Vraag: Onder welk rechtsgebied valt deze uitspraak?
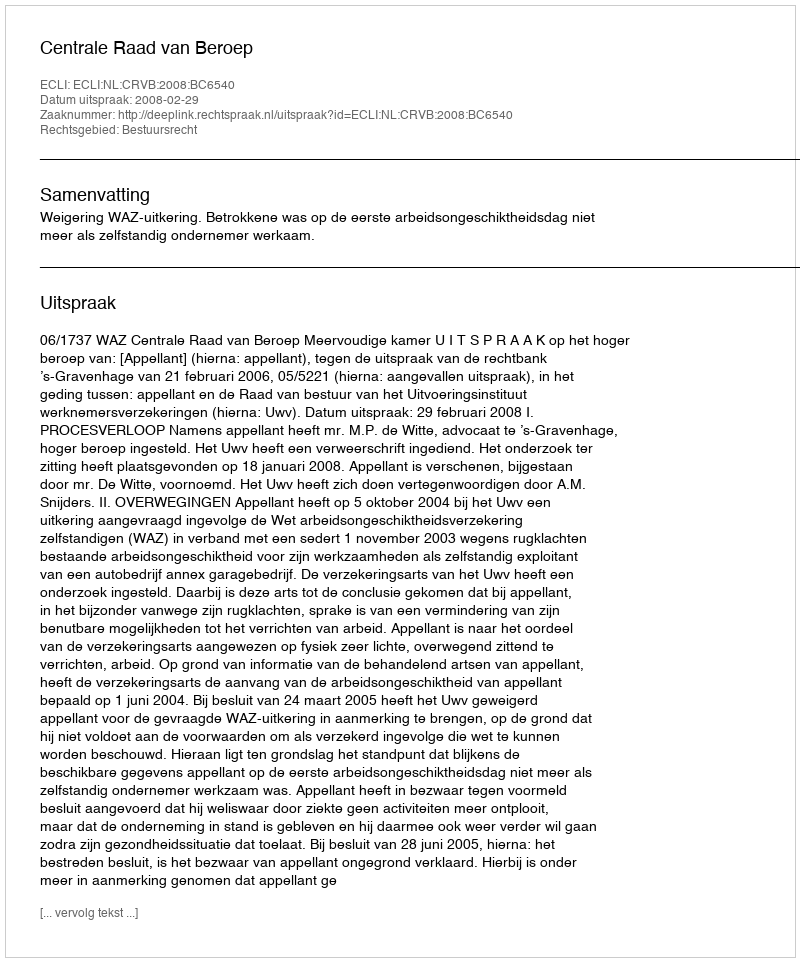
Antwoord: Bestuursrecht